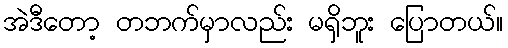
အဲဒီတော့ တဘက်မှာလည်း မရှိဘူး ပြောတယ်။